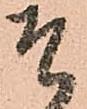
つ